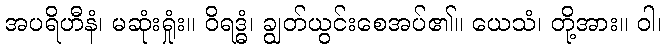
အပရိဟီနံ၊ မဆုံးရှုံး။ ဝိရဒ္ဓံ၊ ချွတ်ယွင်းစေအပ်၏။ ယေသံ၊ တို့အား။ ဝါ၊